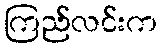
ကြည်လင်းက